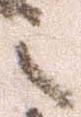
之